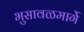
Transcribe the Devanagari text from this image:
भुसावळमार्गे